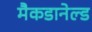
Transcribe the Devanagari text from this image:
मैकडानेल्ड